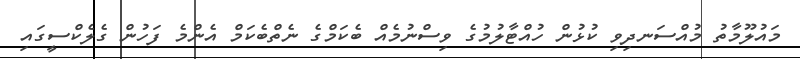
މައުލޫމާތު މުއްސަނދިވި ކުޅުން ހުއްޓާލުމުގެ ވިސްނުމެއް ބެކަމްގެ ނެތްބެކަމް އެންމެ ފަހުން ގެލެކްސީގައި